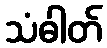
သံဓါတ်